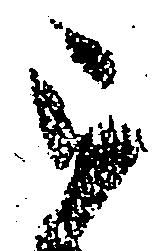
被